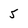
Character: 5